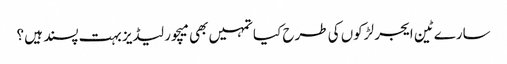
سارے ٹین ایجر لڑکوں کی طرح کیا تمہیں بھی میچور لیڈیز بہت پسند ہیں ؟